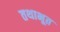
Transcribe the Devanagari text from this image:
तथाभूत